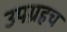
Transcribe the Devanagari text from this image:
उपग्रहच